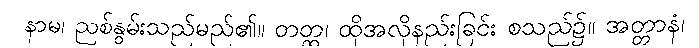
နာမ၊ ညစ်နွမ်းသည်မည်၏။ တတ္ထ၊ ထိုအလိုနည်းခြင်း စသည်၌။ အတ္တာနံ၊